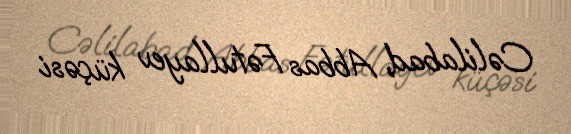
Cəlilabad, Abbas Fətullayev küçəsi